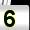
Digit: 5